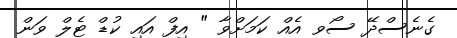
ގެނެސްދޭ ސޯވ އެއް ކަމަށްވާ " އިފް އައި ކުޑް ޓެލް ވަން